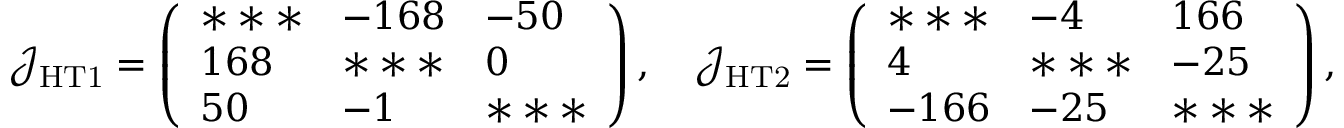
\mathcal { J _ { \mathrm { H T 1 } } } = \left( \begin{array} { l l l } { * * * } & { - 1 6 8 } & { - 5 0 } \\ { 1 6 8 } & { * * * } & { 0 } \\ { 5 0 } & { - 1 } & { * * * } \end{array} \right) , \quad \mathcal { J _ { \mathrm { H T 2 } } } = \left( \begin{array} { l l l } { * * * } & { - 4 } & { 1 6 6 } \\ { 4 } & { * * * } & { - 2 5 } \\ { - 1 6 6 } & { - 2 5 } & { * * * } \end{array} \right) ,